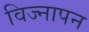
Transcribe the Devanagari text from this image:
विज्नापन